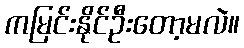
ကမြင်းနိုင်ဦးတော့မလဲ။